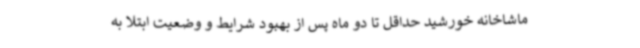
ماشاخانه خورشید حداقل تا دو ماه پس از بهبود شرایط و وضعیت ابتلا به